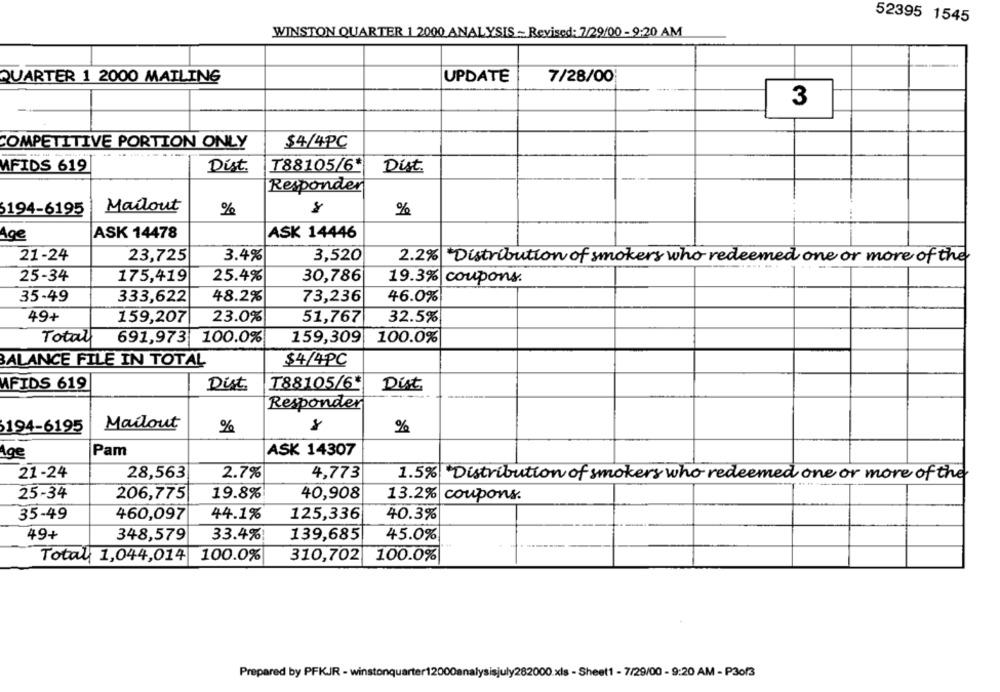
52395 1545
WINSTON QUARTER 1 2000 ANALYSIS - Revised: 7/29/00 - 9:20 AM
QUARTER 1 2000 MAILING
UPDATE
7/28/00
3
COMPETITIVE PORTION ONLY
$4/4PC
MFIDS 619
Dist
₸88105/6*
Dist.
Responder
6194-6195
Mailout
%
%
ASK 14478
ASK 14446
Age
21-24
23,725
3.4%
3,520
2.2%| Distribution of smokers who redeemed one or more of the
25-34
175,419
25.4%
30,786
19.3% coupons.
48.2%
46.0%
35-49
333,622
73,236
49+
23.0%
51,767
159,207
32.5%
Total
159,309
100.0%
691,973 100.0%
BALANCE FILE IN TOTAL
$4/4PC
MFIDS 619
Dist.
T88105/6*
Dist
Responder
194-6195
Mailout
%
%
1ge
Pam
ASK 14307
21-24
28,563
2.7%
4,773
1.5%| Distribution of smokers who redeemed one or more of the
25-34
206,775
19.8%
40,908
13.2% coupons.
35-49
460,097
44.1%
125,336
40.3%
49+
348,579
33.4%!
139,685
45.0%
Total 1,044,014
100.0%
310,702
100.0%
Prepared by PFKJR - winstonquarter1
2000.xls - Sheet1 - 7/29/00 - 9:20 AM - P3of3